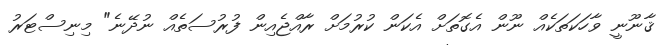
ޤާނޫނީ ވާހަކަތަކެއް ނޫން އެގޮތަށް އެކަން ކުރުމަށް ރާއްޖެއިން ފުރުސަތެއް ނުދޭނެ" މިނިސްޓަރު